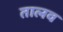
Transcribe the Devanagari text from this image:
तालव